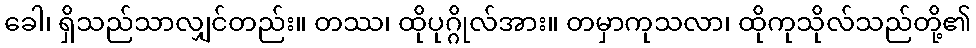
ခေါ၊ ရှိသည်သာလျှင်တည်း။ တဿ၊ ထိုပုဂ္ဂိုလ်အား။ တမှာကုသလာ၊ ထိုကုသိုလ်သည်တို့၏